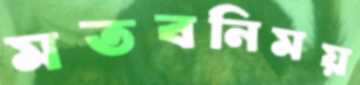
মতবনিময়